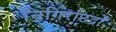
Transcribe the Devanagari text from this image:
निगिरछिद्रों